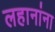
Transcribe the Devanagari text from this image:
लहानांना